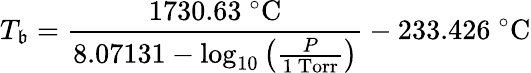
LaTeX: T_{\mathfrak{b}}={\frac{{1730.63\ {}^{\circ}{\mathrm{{C}}}}}{{8.07131-\log_{10}\left({\frac{{P}}{{1{\mathrm{{~Torr}}}}}}\right)}}}-233.426\ {}^{\circ}{\mathrm{{C}}}